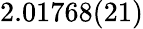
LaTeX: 2.01768(21)